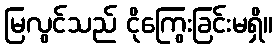
မြလွင်သည် ငိုကြွေးခြင်းမရှိ။